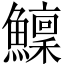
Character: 𩼤